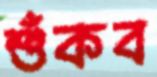
শুঁকব